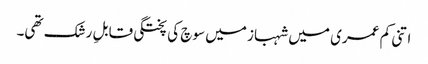
اتنی کم عمری میں شہباز میں سوچ کی پختگی قابلِ رشک تھی۔